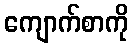
ကျောက်စာကို